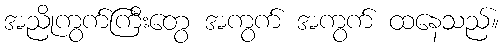
အညိုကွက်ကြီးတွေ အကွက် အကွက် ထနေသည်။